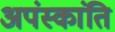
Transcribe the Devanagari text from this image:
अपंस्कांति